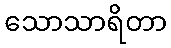
သောသာရိတာ